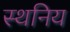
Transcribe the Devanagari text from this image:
स्थनिय